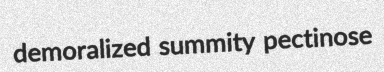
demoralized summity pectinose